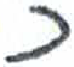
אות: כ